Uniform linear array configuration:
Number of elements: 8
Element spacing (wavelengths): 0.75
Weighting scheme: blackman
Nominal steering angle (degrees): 45
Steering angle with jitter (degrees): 44.456
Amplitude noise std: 0.05
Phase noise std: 0.05

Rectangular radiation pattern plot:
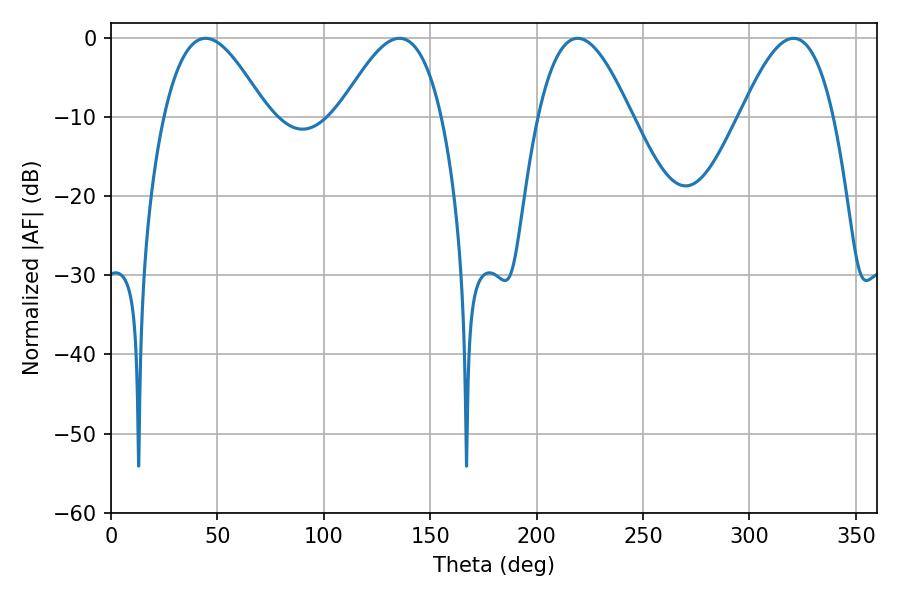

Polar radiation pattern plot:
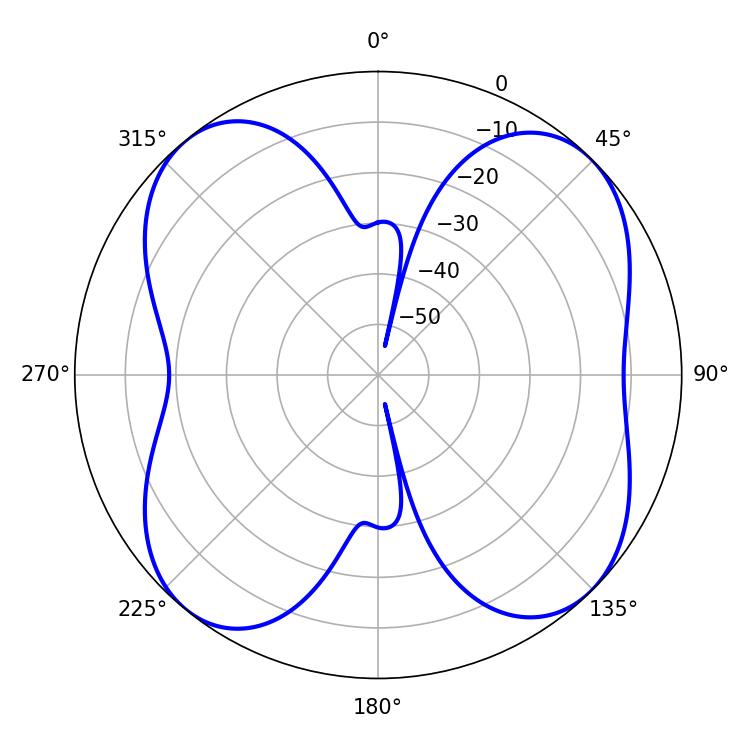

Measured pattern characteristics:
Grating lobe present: TRUE
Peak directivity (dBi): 11.208
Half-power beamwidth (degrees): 26.1
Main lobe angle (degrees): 44.46